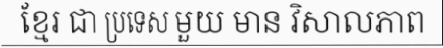
ខ្មែរ ជា ប្រទេស មួយ មាន វិសាលភាព